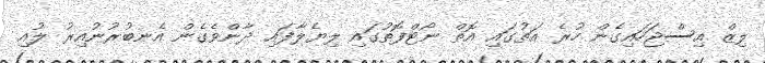
ލިޒް އިސްޖަހައިގެން ހުރެ އަތުގައި އޮތް ނޯޓްފޮތުގައި ލިޔެލާފައި ދާންވެގެން އެނބުރުނުއިރު ލުއި